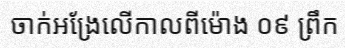
ចាក់អង្រែលើកាលពីម៉ោង ០៩ ព្រឹក